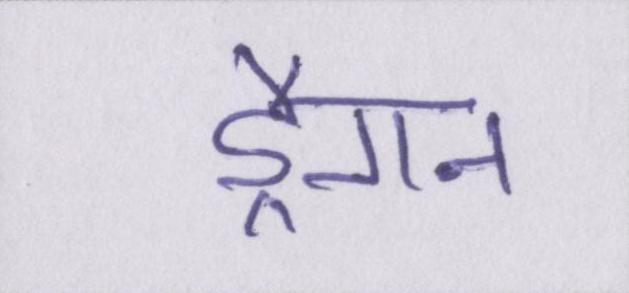
ड्रैगन